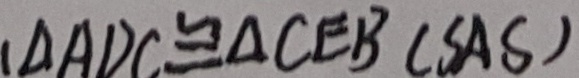
\Delta A D C \cong \Delta C E B ( S A S )